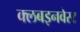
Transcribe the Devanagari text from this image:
क्लबइनवेस्ट